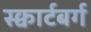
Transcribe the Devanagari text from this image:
स्क्वार्टबर्ग